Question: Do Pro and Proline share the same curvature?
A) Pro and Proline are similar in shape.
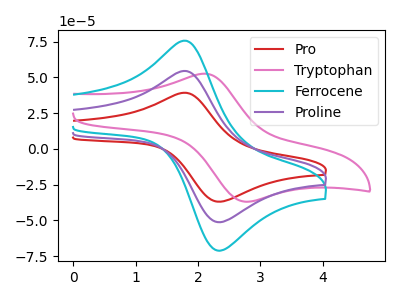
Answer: <think>The red curve "Pro" has an anodic peak at (1.80V, 39.25uA) and a cathodic peak at (2.30V, -36.70uA). The pink curve "Tryptophan" has an anodic peak at (2.10V, 52.55uA) and a cathodic peak at (2.80V, -36.90uA). The cyan curve "Ferrocene" has an anodic peak at (1.80V, 108.90uA) and a cathodic peak at (2.30V, -101.90uA). The purple curve "Proline" has an anodic peak at (1.80V, 54.45uA) and a cathodic peak at (2.30V, -50.95uA).
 All the peaks in "Pro" have a peak in "Proline" at the same potential. Every peak in "Pro" is lower than every peak in "Proline".</think>
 <answer>A) "Pro" and "Proline" are similar in shape.</answer>
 <eval>A</eval>